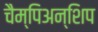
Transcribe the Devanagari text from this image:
चैम्पिअन्शिप